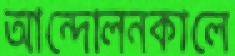
আন্দোলনকালে